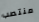
منتصب